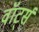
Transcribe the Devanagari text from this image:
वॉर्ट्स